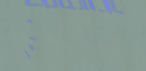
نحن نسعى جاهدين لتقديم أف